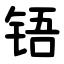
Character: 铻